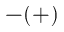
- ( + )